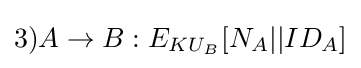
3)A\rightarrow B:E_{KU_{B}}[N_{A}||ID_{A}]